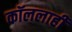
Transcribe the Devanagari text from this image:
कॉललाही